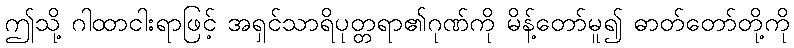
ဤသို့ ဂါထာငါးရာဖြင့် အရှင်သာရိပုတ္တရာ၏ဂုဏ်ကို မိန့်တော်မူ၍ ဓာတ်တော်တို့ကို